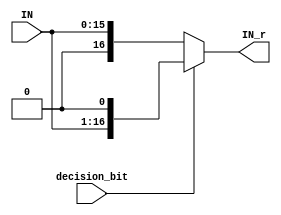
// This program was cloned from: https://github.com/iCAS-Lab/APTPU
// License: MIT License

// MIT License
// 
// Copyright (c) 2021-2024 iCAS Lab
// 
// Permission is hereby granted, free of charge, to any person obtaining a copy
// of this software and associated documentation files (the "Software"), to deal
// in the Software without restriction, including without limitation the rights
// to use, copy, modify, merge, publish, distribute, sublicense, and/or sell
// copies of the Software, and to permit persons to whom the Software is
// furnished to do so, subject to the following conditions:
// 
// The above copyright notice and this permission notice shall be included in all
// copies or substantial portions of the Software.
// 
// THE SOFTWARE IS PROVIDED "AS IS", WITHOUT WARRANTY OF ANY KIND, EXPRESS OR
// IMPLIED, INCLUDING BUT NOT LIMITED TO THE WARRANTIES OF MERCHANTABILITY,
// FITNESS FOR A PARTICULAR PURPOSE AND NONINFRINGEMENT. IN NO EVENT SHALL THE
// AUTHORS OR COPYRIGHT HOLDERS BE LIABLE FOR ANY CLAIM, DAMAGES OR OTHER
// LIABILITY, WHETHER IN AN ACTION OF CONTRACT, TORT OR OTHERWISE, ARISING FROM,
// OUT OF OR IN CONNECTION WITH THE SOFTWARE OR THE USE OR OTHER DEALINGS IN THE
// SOFTWARE.

// Company: iCAS Lab, University of South Carolina
// Design Name: 
// Module Name: decision_mux_Rounding
// Project Name: 
// Target Devices: 
// Tool Versions: 
// Description: 
// 
// Dependencies: 
// 
// Revision:
// Revision 0.01 - File Created
// Additional Comments:
// 
//////////////////////////////////////////////////////////////////////////////////


`timescale 1ns / 1ps

module decision_mux_Rounding #(parameter WIDTH = 16, LOG2_WIDTH = 4) //Decide to shift left by one or no according to bit at k-1
(
input	wire	[WIDTH-1:0]		IN, //2**k 
input	wire					decision_bit, //bit postion k-1 in multiplicant
output	reg		[WIDTH:0]		IN_r	//(rounded IN) width is larger because the number may be rounded to 2**16
);


always@(*)
begin
if(decision_bit)
	IN_r = IN << 1 ; //multiplied by 2
else
	IN_r = IN ;
end

endmodule